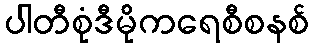
ပါတီစုံဒီမိုကရေစီစနစ်